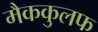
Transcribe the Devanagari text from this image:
मैककुलफ